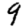
Digit: 9